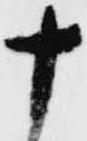
十